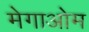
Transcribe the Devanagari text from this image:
मेगाओम